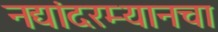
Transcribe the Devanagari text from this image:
नद्यांदरम्यानचा